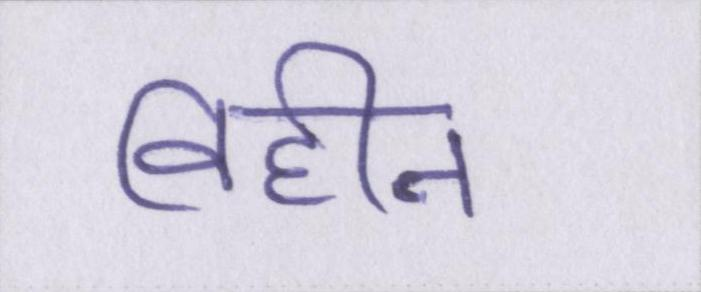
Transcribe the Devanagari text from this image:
विहीन